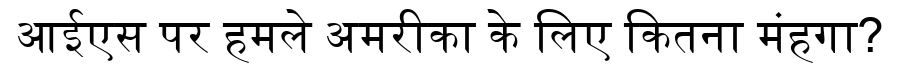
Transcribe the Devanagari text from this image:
आईएस पर हमले अमरीका के लिए कितना मंहगा?